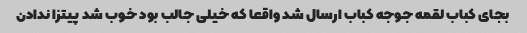
بجای کباب لقمه جوجه کباب ارسال شد واقعا که خیلی جالب بود خوب شد پیتزا ندادن